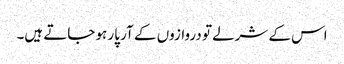
اس کے شرلے تو دروازوں کے آر پار ہو جاتے ہیں۔